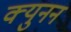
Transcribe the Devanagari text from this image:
क्युनन